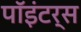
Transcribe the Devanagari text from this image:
पॉइंटर्स